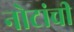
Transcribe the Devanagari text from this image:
नोटांची